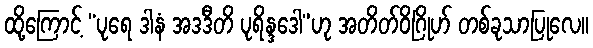
ထို့ကြောင့် “ပုရေ ဒါနံ အဒဒီတိ ပုရိန္ဒဒေါ”ဟု အတိတ်ဝိဂြိုဟ် တစ်ခုသာပြုလေ။